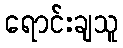
ရောင်းချသူ